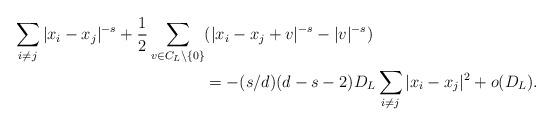
LaTeX: \begin{align*}\sum_{i\neq j} |x_i-x_j|^{-s}+\frac{1}{2}\sum_{v\in C_L\setminus\{0\}}&(|x_i-x_j+v|^{-s}-|v|^{-s})\\ & = -(s/d)(d-s-2)D_L\sum_{i\neq j} |x_i-x_j|^2+o(D_L).\end{align*}